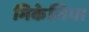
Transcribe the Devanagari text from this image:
मिकेलिया